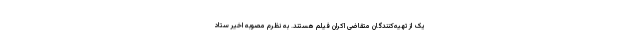
یک از تهیه‌کنندگان متقاضی اکران فیلم هستند. به نظرم مصوبه اخیر ستاد